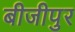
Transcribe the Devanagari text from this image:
बीजीपुर